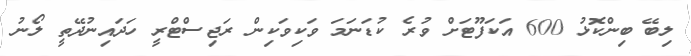
ލިބޭ ބިންކޮޅު 600 އަކަފޫޓަށް ވުރެ ކުޑަނަމަ ވަކިވަކިން ރަޖިސްޓްރީ ހަދައިނުދޭތީ ލޯނު